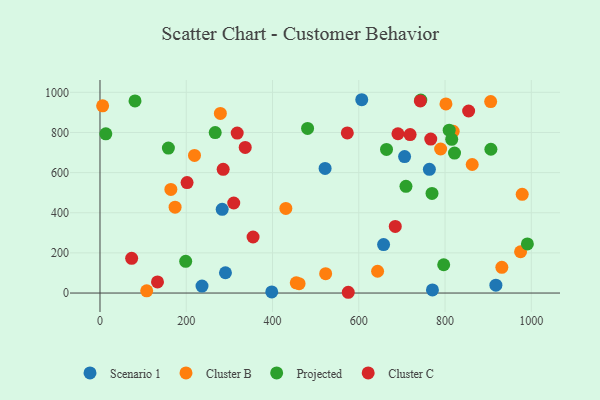
{"axis": {"x": "Study Hours", "y": "Fuel Efficiency"}, "legend": ["Cluster B", "Cluster C", "Projected", "Scenario 1"], "data": [{"x": "290.9", "y": 101.2, "type": "Scenario 1"}, {"x": "763.7", "y": 616.5, "type": "Scenario 1"}, {"x": "398.2", "y": 5.3, "type": "Scenario 1"}, {"x": "521.9", "y": 621.1, "type": "Scenario 1"}, {"x": "657.5", "y": 241.5, "type": "Scenario 1"}, {"x": "917.9", "y": 39.3, "type": "Scenario 1"}, {"x": "236.5", "y": 34.7, "type": "Scenario 1"}, {"x": "770.8", "y": 15.7, "type": "Scenario 1"}, {"x": "283.3", "y": 417.0, "type": "Scenario 1"}, {"x": "606.9", "y": 963.2, "type": "Scenario 1"}, {"x": "706.2", "y": 679.9, "type": "Scenario 1"}, {"x": "818.9", "y": 805.6, "type": "Cluster B"}, {"x": "6.1", "y": 932.8, "type": "Cluster B"}, {"x": "523.2", "y": 96.4, "type": "Cluster B"}, {"x": "108.3", "y": 11.0, "type": "Cluster B"}, {"x": "863.0", "y": 640.4, "type": "Cluster B"}, {"x": "279.1", "y": 895.1, "type": "Cluster B"}, {"x": "978.9", "y": 492.0, "type": "Cluster B"}, {"x": "455.0", "y": 50.7, "type": "Cluster B"}, {"x": "802.1", "y": 942.3, "type": "Cluster B"}, {"x": "430.9", "y": 421.6, "type": "Cluster B"}, {"x": "643.6", "y": 108.5, "type": "Cluster B"}, {"x": "164.3", "y": 516.4, "type": "Cluster B"}, {"x": "789.8", "y": 717.7, "type": "Cluster B"}, {"x": "219.1", "y": 685.8, "type": "Cluster B"}, {"x": "931.7", "y": 128.3, "type": "Cluster B"}, {"x": "461.6", "y": 46.6, "type": "Cluster B"}, {"x": "905.8", "y": 953.8, "type": "Cluster B"}, {"x": "174.1", "y": 428.0, "type": "Cluster B"}, {"x": "975.1", "y": 205.6, "type": "Cluster B"}, {"x": "990.9", "y": 244.7, "type": "Projected"}, {"x": "664.3", "y": 715.6, "type": "Projected"}, {"x": "267.1", "y": 799.4, "type": "Projected"}, {"x": "809.6", "y": 811.3, "type": "Projected"}, {"x": "81.2", "y": 957.3, "type": "Projected"}, {"x": "158.6", "y": 722.4, "type": "Projected"}, {"x": "481.3", "y": 820.4, "type": "Projected"}, {"x": "815.5", "y": 765.7, "type": "Projected"}, {"x": "13.5", "y": 793.1, "type": "Projected"}, {"x": "822.0", "y": 697.3, "type": "Projected"}, {"x": "769.8", "y": 496.4, "type": "Projected"}, {"x": "198.7", "y": 157.8, "type": "Projected"}, {"x": "709.4", "y": 531.6, "type": "Projected"}, {"x": "743.8", "y": 961.5, "type": "Projected"}, {"x": "906.3", "y": 716.5, "type": "Projected"}, {"x": "796.9", "y": 141.0, "type": "Projected"}, {"x": "285.6", "y": 616.4, "type": "Cluster C"}, {"x": "73.4", "y": 172.8, "type": "Cluster C"}, {"x": "354.9", "y": 279.1, "type": "Cluster C"}, {"x": "690.8", "y": 793.7, "type": "Cluster C"}, {"x": "573.4", "y": 797.6, "type": "Cluster C"}, {"x": "742.7", "y": 957.1, "type": "Cluster C"}, {"x": "575.6", "y": 3.8, "type": "Cluster C"}, {"x": "201.9", "y": 550.2, "type": "Cluster C"}, {"x": "318.1", "y": 797.0, "type": "Cluster C"}, {"x": "719.0", "y": 789.4, "type": "Cluster C"}, {"x": "766.9", "y": 767.3, "type": "Cluster C"}, {"x": "854.7", "y": 907.0, "type": "Cluster C"}, {"x": "336.7", "y": 725.3, "type": "Cluster C"}, {"x": "310.1", "y": 448.5, "type": "Cluster C"}, {"x": "684.6", "y": 332.1, "type": "Cluster C"}, {"x": "133.3", "y": 55.6, "type": "Cluster C"}]}